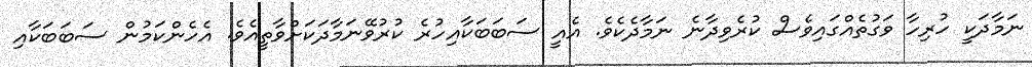
ނަމާދަކީ ހުރިހާ ވަގުތެއްގައިވެސް ކުރެވިދާނެ ނަމާދެކެވެ. އެއީ ސަބަބަކާއިހުރެ ކުރުވޭނަމާދަކަށްވާތީއެވެ. އެހެންކަމުން ސަބަބަކާއި